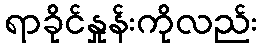
ရာခိုင်နှုန်းကိုလည်း